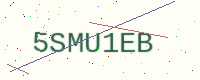
Text: 5SMU1EB